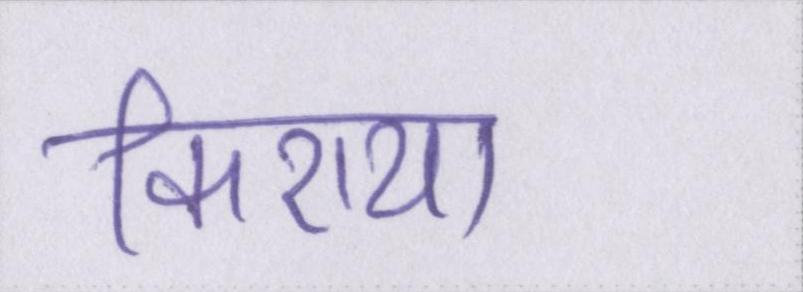
किराया